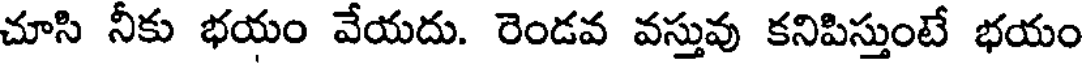
చూసి నీకు భయం వేయదు. రెండవ వస్తువు కనిపిస్తుంటే భయం